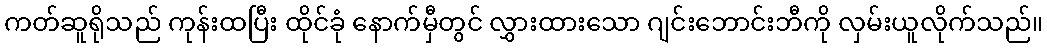
ကတ်ဆူရိုသည် ကုန်းထပြီး ထိုင်ခုံ နောက်မှီတွင် လွှားထားသော ဂျင်းဘောင်းဘီကို လှမ်းယူလိုက်သည်။